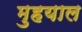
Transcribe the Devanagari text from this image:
मुहयाल